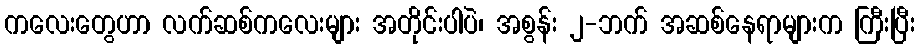
ကလေးတွေဟာ လက်ဆစ်ကလေးများ အတိုင်းပါပဲ၊ အစွန်း ၂-ဘက် အဆစ်နေရာများက ကြီးပြီး